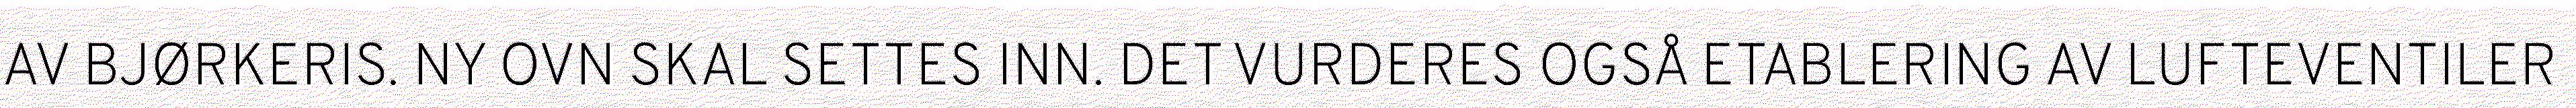
AV BJØRKERIS. NY OVN SKAL SETTES INN. DET VURDERES OGSÅ ETABLERING AV LUFTEVENTILER